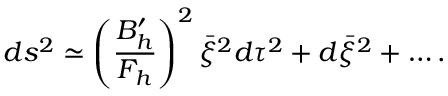
d s ^ { 2 } \simeq \left( { \frac { B _ { h } ^ { \prime } } { F _ { h } } } \right) ^ { 2 } \bar { \xi } ^ { 2 } d \tau ^ { 2 } + d \bar { \xi } ^ { 2 } + \dots .